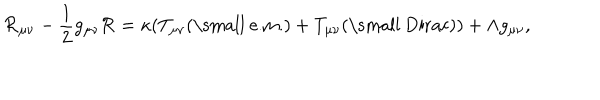
LaTeX: { \cal R } _ { \mu \nu } - \frac { 1 } { 2 } g _ { \mu \nu } { \cal R } = \kappa ( T _ { \mu \nu } ( \mathrm { \small ~ e . m . } ) + T _ { \mu \nu } ( \mathrm { \small ~ D i r a c } ) ) + \Lambda g _ { \mu \nu } ,